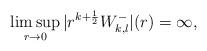
LaTeX: \begin{align*}\limsup_{r\rightarrow 0}|r^{k+\frac{1}{2}}W_{k,l}^-|(r)=\infty,\end{align*}